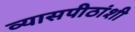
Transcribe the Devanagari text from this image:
व्यासपीठांशी